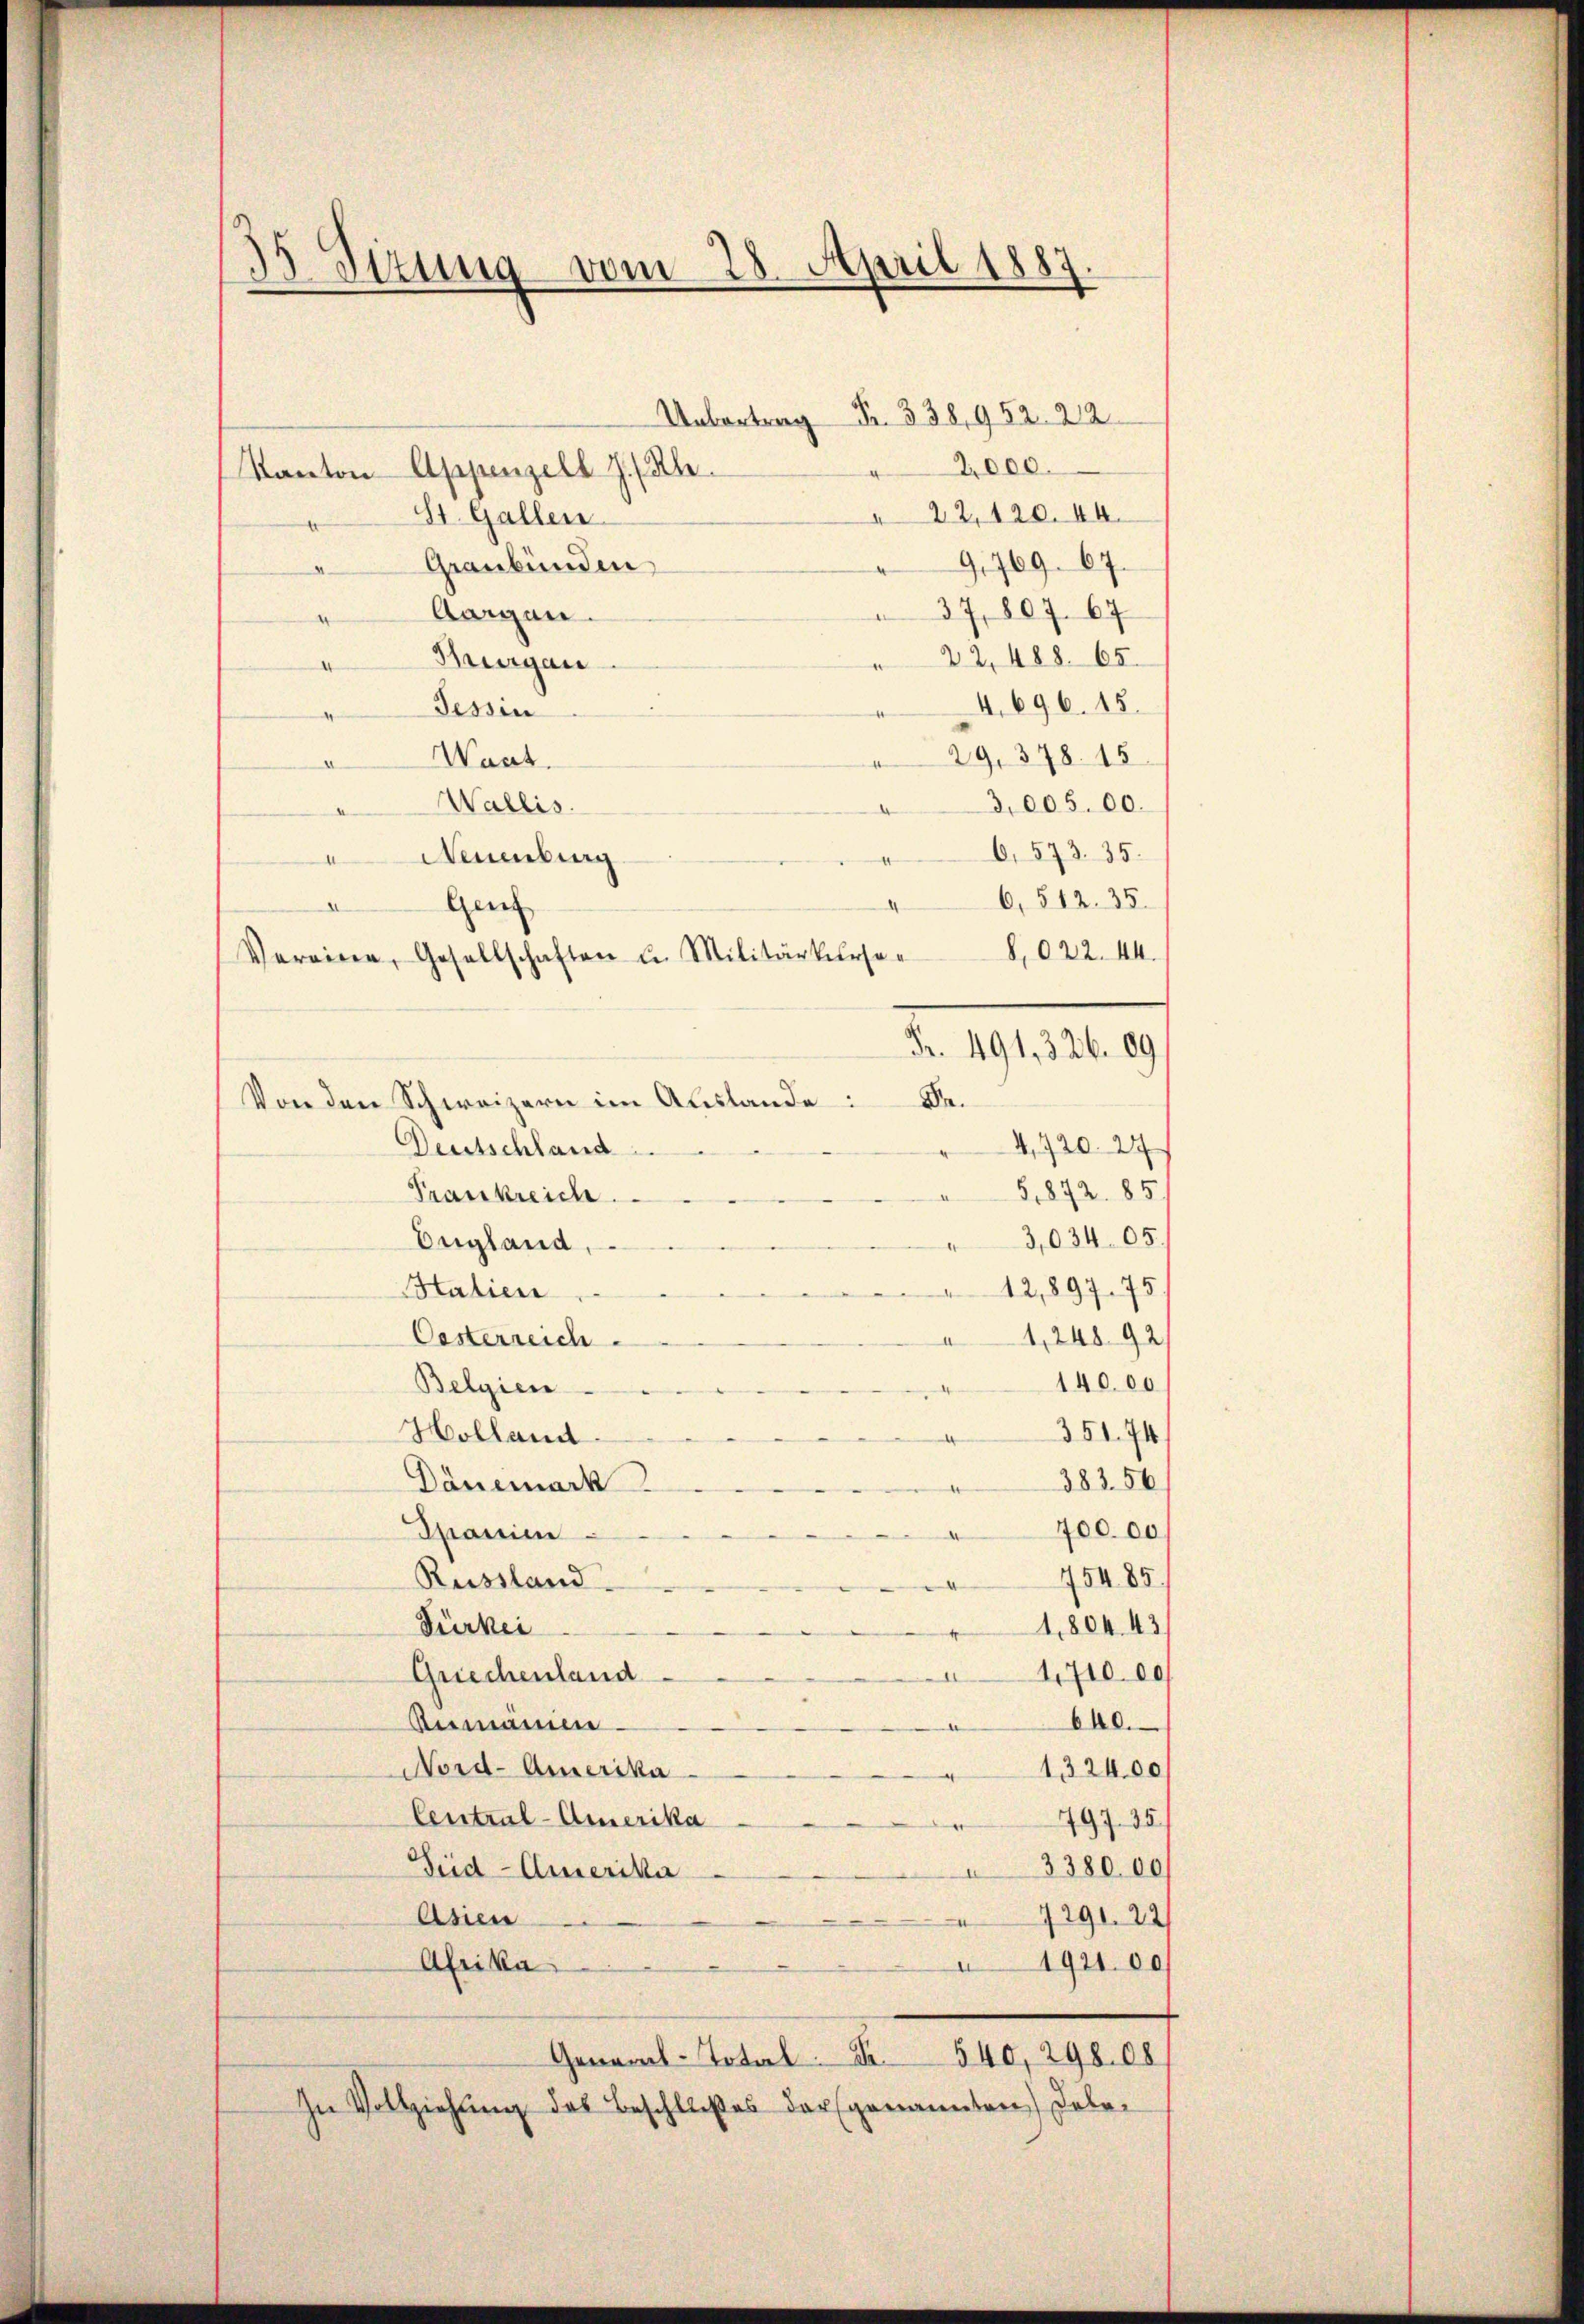
35 Sizung vom 28. April 1887

Gen
A
Von den Schweizern im Auslande: Be¬
Deutschland

2,000.
Kanton Appenzell I.-Rh.
22,120. 44.
St. Gallen
9,769. 67.
Graubünden
37, 807. 67
Aorgen.
22,488. 65.
Thurgau
e
4.696. 15.
Tessin
4
29, 378. 15
Waat.
¬
Wallis.
3,005. 00.
6,573. 35.
Naumburg
d
A
6,512. 35.
4
8,022. 44.
Fr. 491, 326. 09
4,720. 24
81872. 85)
Frankreich
3,034 05.
England
12,897. 75.
Hatier
Oesterreich
1,24892/
140.00
Belgien
Holland
351. 74
d
383. 56
Dänemark
e
700.00
Spanie
¬
15485.
Russland
1804. 43
Türkei
Griechenland
171000
640.
Anmänne
Nord-Amerika
1324,00
¬
Central-Amerika
797. 35
3380 00
Sid-Amerika
7291. 22
Asien
Afrika
1921 00
General-Total. S. 540, 298. 08
In Vollziehung des Beschlußes der genannten) Dabe¬

Vereine, Gesellschaften u. Militärkerse¬

.338952. 22